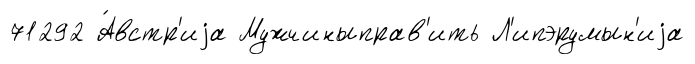
71292 А́встр'иjа Мужчиныправ'ить Л'ипэрумын'иjа